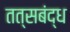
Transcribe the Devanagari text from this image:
तत्सबंद्ध